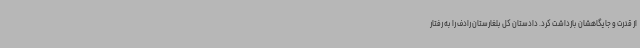
از قدرت و جایگاهشان بازداشت کرد. دادستان کل بلغارستان رادف را به رفتار